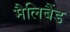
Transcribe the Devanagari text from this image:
मैलिबैंड